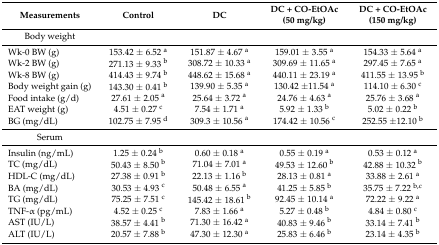
<table><thead><tr><td><b>Measurements</b></td><td><b>Control</b></td><td><b>DC</b></td><td><b>DC + CO-EtOAc(50 mg/kg)</b></td><td><b>DC + CO-EtOAc(150 mg/kg)</b></td></tr></thead><tbody><tr><td>Body weight</td><td></td><td></td><td></td><td></td></tr><tr><td>Wk-0 BW (g)</td><td>153.42 ± 6.52 <sup>a</sup></td><td>151.87 ± 4.67 <sup>a</sup></td><td>159.01 ± 3.55 <sup>a</sup></td><td>154.33 ± 5.64 <sup>a</sup></td></tr><tr><td>Wk-2 BW (g)</td><td>271.13 ± 9.33 <sup>b</sup></td><td>308.72 ± 10.33 <sup>a</sup></td><td>309.69 ± 11.65 <sup>a</sup></td><td>297.45 ± 7.65 <sup>a</sup></td></tr><tr><td>Wk-8 BW (g)</td><td>414.43 ± 9.74 <sup>b</sup></td><td>448.62 ± 15.68 <sup>a</sup></td><td>440.11 ± 23.19 <sup>a</sup></td><td>411.55 ± 13.95 <sup>b</sup></td></tr><tr><td>Body weight gain (g)</td><td>143.30 ± 0.41 <sup>b</sup></td><td>139.90 ± 5.35 <sup>a</sup></td><td>130.42 ±11.54 <sup>a</sup></td><td>114.10 ± 6.30 <sup>c</sup></td></tr><tr><td>Food intake (g/d)</td><td>27.61 ± 2.05 <sup>a</sup></td><td>25.64 ± 3.72 <sup>a</sup></td><td>24.76 ± 4.63 <sup>a</sup></td><td>25.76 ± 3.68 <sup>a</sup></td></tr><tr><td>EAT weight (g)</td><td>4.51 ± 0.27 <sup>c</sup></td><td>7.54 ± 1.71 <sup>a</sup></td><td>5.92 ± 1.33 <sup>b</sup></td><td>5.02 ± 0.22 <sup>b</sup></td></tr><tr><td>BG (mg/dL)</td><td>102.75 ± 7.95 <sup>d</sup></td><td>309.3 ± 10.56 <sup>a</sup></td><td>174.42 ± 10.56 <sup>c</sup></td><td>252.55 ±12.10 <sup>b</sup></td></tr><tr><td>Serum</td><td></td><td></td><td></td><td></td></tr><tr><td>Insulin (ng/mL)</td><td>1.25 ± 0.24 <sup>b</sup></td><td>0.60 ± 0.18 <sup>a</sup></td><td>0.55 ± 0.19 <sup>a</sup></td><td>0.53 ± 0.12 <sup>a</sup></td></tr><tr><td>TC (mg/dL)</td><td>50.43 ± 8.50 <sup>b</sup></td><td>71.04 ± 7.01 <sup>a</sup></td><td>49.53 ± 12.60 <sup>b</sup></td><td>42.88 ± 10.32 <sup>b</sup></td></tr><tr><td>HDL-C (mg/dL)</td><td>27.38 ± 0.91 <sup>b</sup></td><td>22.13 ± 1.16 <sup>b</sup></td><td>28.13 ± 0.81 <sup>a</sup></td><td>33.88 ± 2.61 <sup>a</sup></td></tr><tr><td>BA (mg/dL)</td><td>30.53 ± 4.93 <sup>c</sup></td><td>50.48 ± 6.55 <sup>a</sup></td><td>41.25 ± 5.85 <sup>b</sup></td><td>35.75 ± 7.22 <sup>b,c</sup></td></tr><tr><td>TG (mg/dL)</td><td>75.25 ± 7.51 <sup>c</sup></td><td>145.42 ± 18.61 <sup>b</sup></td><td>92.45 ± 10.14 <sup>a</sup></td><td>72.22 ± 9.22 <sup>a</sup></td></tr><tr><td>TNF-α (pg/mL)</td><td>4.52 ± 0.25 <sup>c</sup></td><td>7.83 ± 1.66 <sup>a</sup></td><td>5.27 ± 0.48 <sup>b</sup></td><td>4.84 ± 0.80 <sup>c</sup></td></tr><tr><td>AST (IU/L)</td><td>38.57 ± 4.41 <sup>b</sup></td><td>71.30 ± 16.42 <sup>a</sup></td><td>40.83 ± 9.46 <sup>b</sup></td><td>33.14 ± 7.41 <sup>b</sup></td></tr><tr><td>ALT (IU/L)</td><td>20.57 ± 7.88 <sup>b</sup></td><td>47.30 ± 12.30 <sup>a</sup></td><td>25.83 ± 6.46 <sup>b</sup></td><td>23.14 ± 4.35 <sup>b</sup></td></tr></tbody></table>